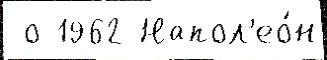
 о 1962 Напол'ео́н